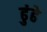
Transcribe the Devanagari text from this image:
ढुंढे